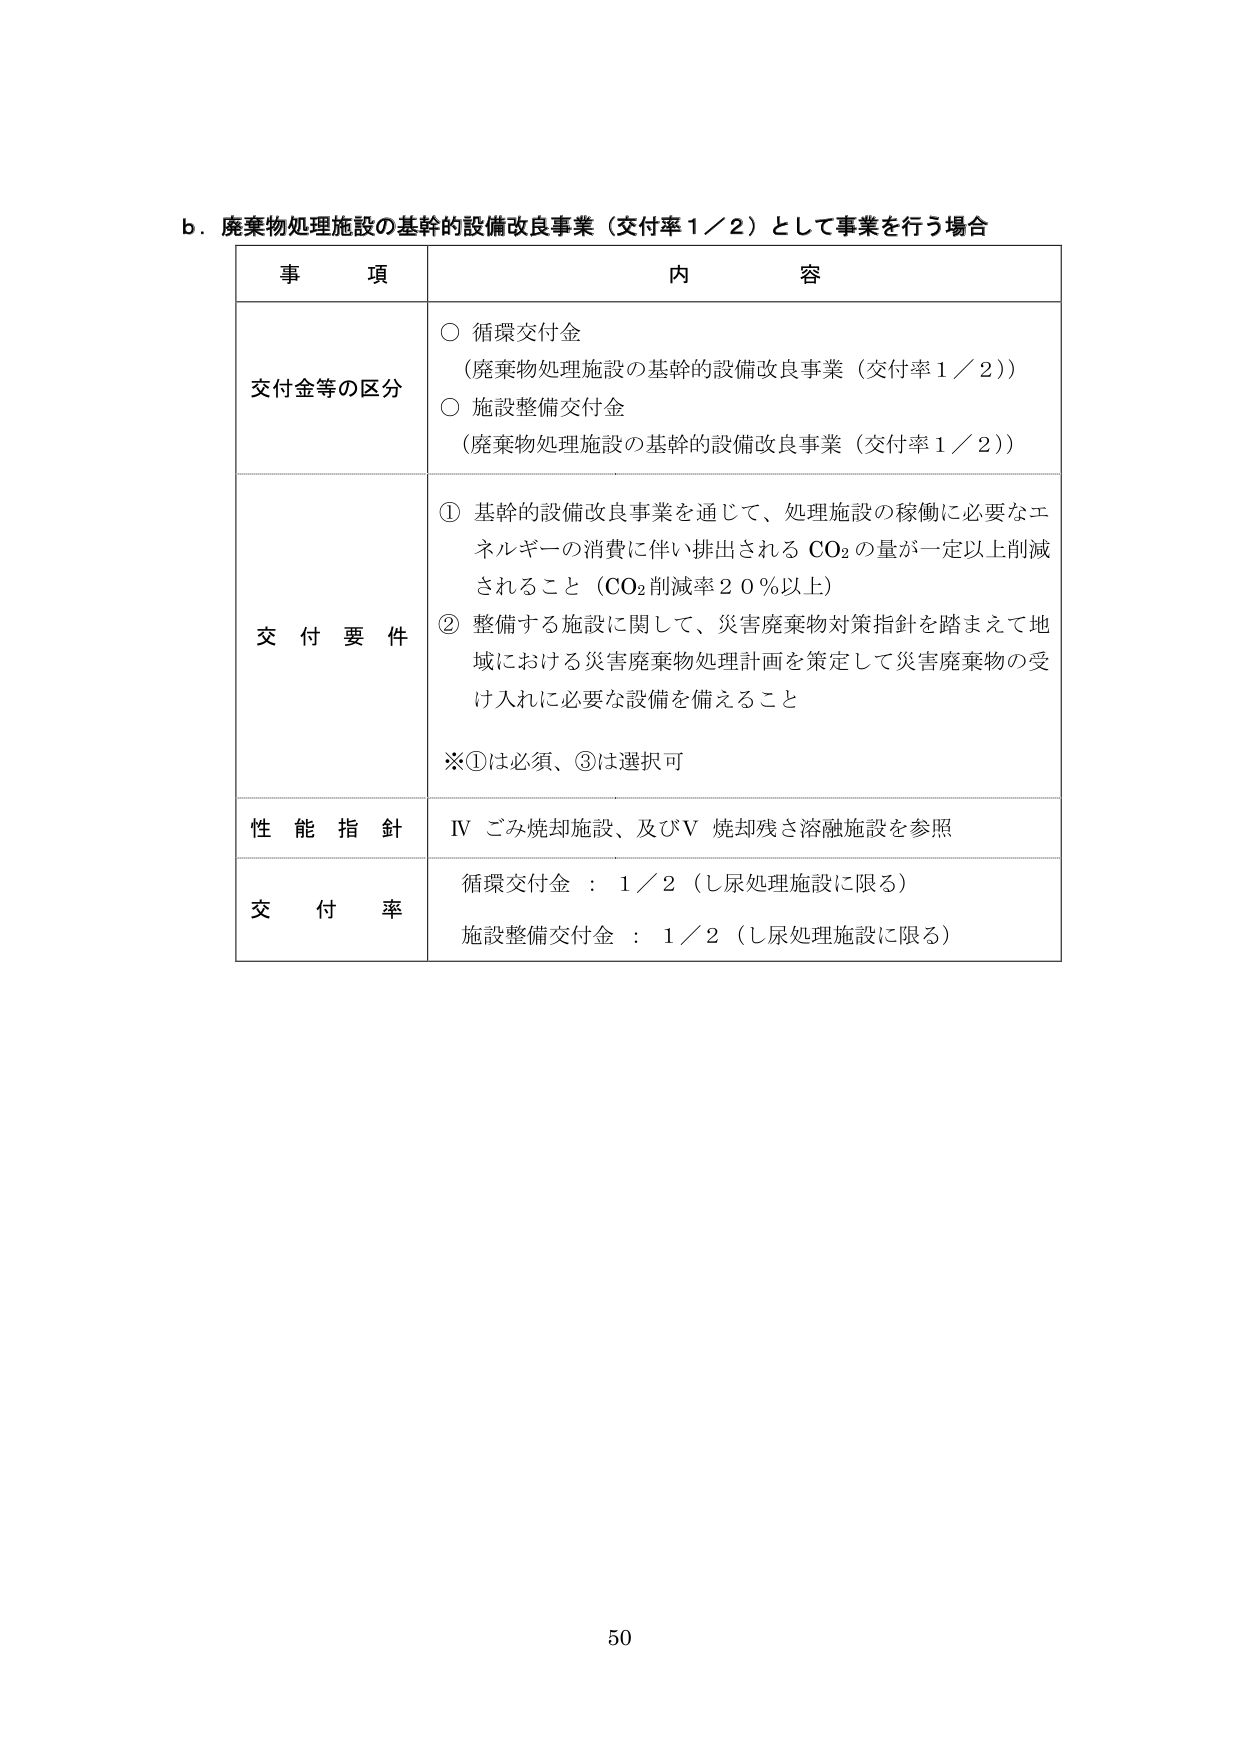
b．廃棄物処理施設の基幹的設備改良事業（交付率1／2）として事業を行う場合

事　　項　　　　　　　　　　　　　　　　　　　　　　　　　　　　　　　　　　　　　内　　容

交付金等の区分　　　　　　　　　　　　　　　　　　　　　　　　　　　　　　　　　○ 循環交付金
　　　　　　　　　　　　　　　　　　　　　　　　　　　　　　　　　　　　　　（廃棄物処理施設の基幹的設備改良事業（交付率1／2））
　　　　　　　　　　　　　　　　　　　　　　　　　　　　　　　　　　　　　　○ 施設整備交付金
　　　　　　　　　　　　　　　　　　　　　　　　　　　　　　　　　　　　　　（廃棄物処理施設の基幹的設備改良事業（交付率1／2））

交　付　要　件　　　　　　　　　　　　　　　　　　　　　　　　　　　　　　　　① 基幹的設備改良事業を通じて、処理施設の稼働に必要なエネルギーの消費に伴い排出されるCO₂の量が一定以上削減されること（CO₂削減率20％以上）
　　　　　　　　　　　　　　　　　　　　　　　　　　　　　　　　　　　　　　② 整備する施設に関して、災害廃棄物対策指針を踏まえて地域における災害廃棄物処理計画を策定して災害廃棄物の受け入れに必要な設備を備えること
　　　　　　　　　　　　　　　　　　　　　　　　　　　　　　　　　　　　　　※①は必須、③は選択可

性　能　指　針　　　　　　　　　　　　　　　　　　　　　　　　　　　　　　　　IV ごみ焼却施設、及びV 焼却残さ溶融施設を参照

交　　付　　率　　　　　　　　　　　　　　　　　　　　　　　　　　　　　　　　循環交付金 ： 1／2（し尿処理施設に限る）
　　　　　　　　　　　　　　　　　　　　　　　　　　　　　　　　　　　　　　施設整備交付金 ： 1／2（し尿処理施設に限る）

50